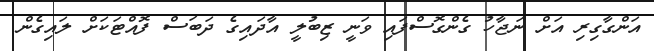
އަންގާގިރި އަށް ނަޖާހު ގެންގޮސްފައި ވަނީ ޒިބުލީ އާދައިގެ ދަބަސް ފޮއްޓަކަށް ލައިގެން